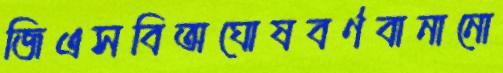
জিএসবিঅঘোষবর্ণবানানো